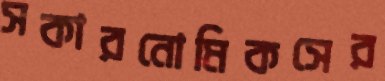
সকারনোমিকসের